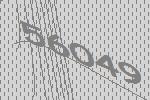
56049